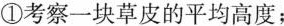
①考察一块草皮的平均高度；